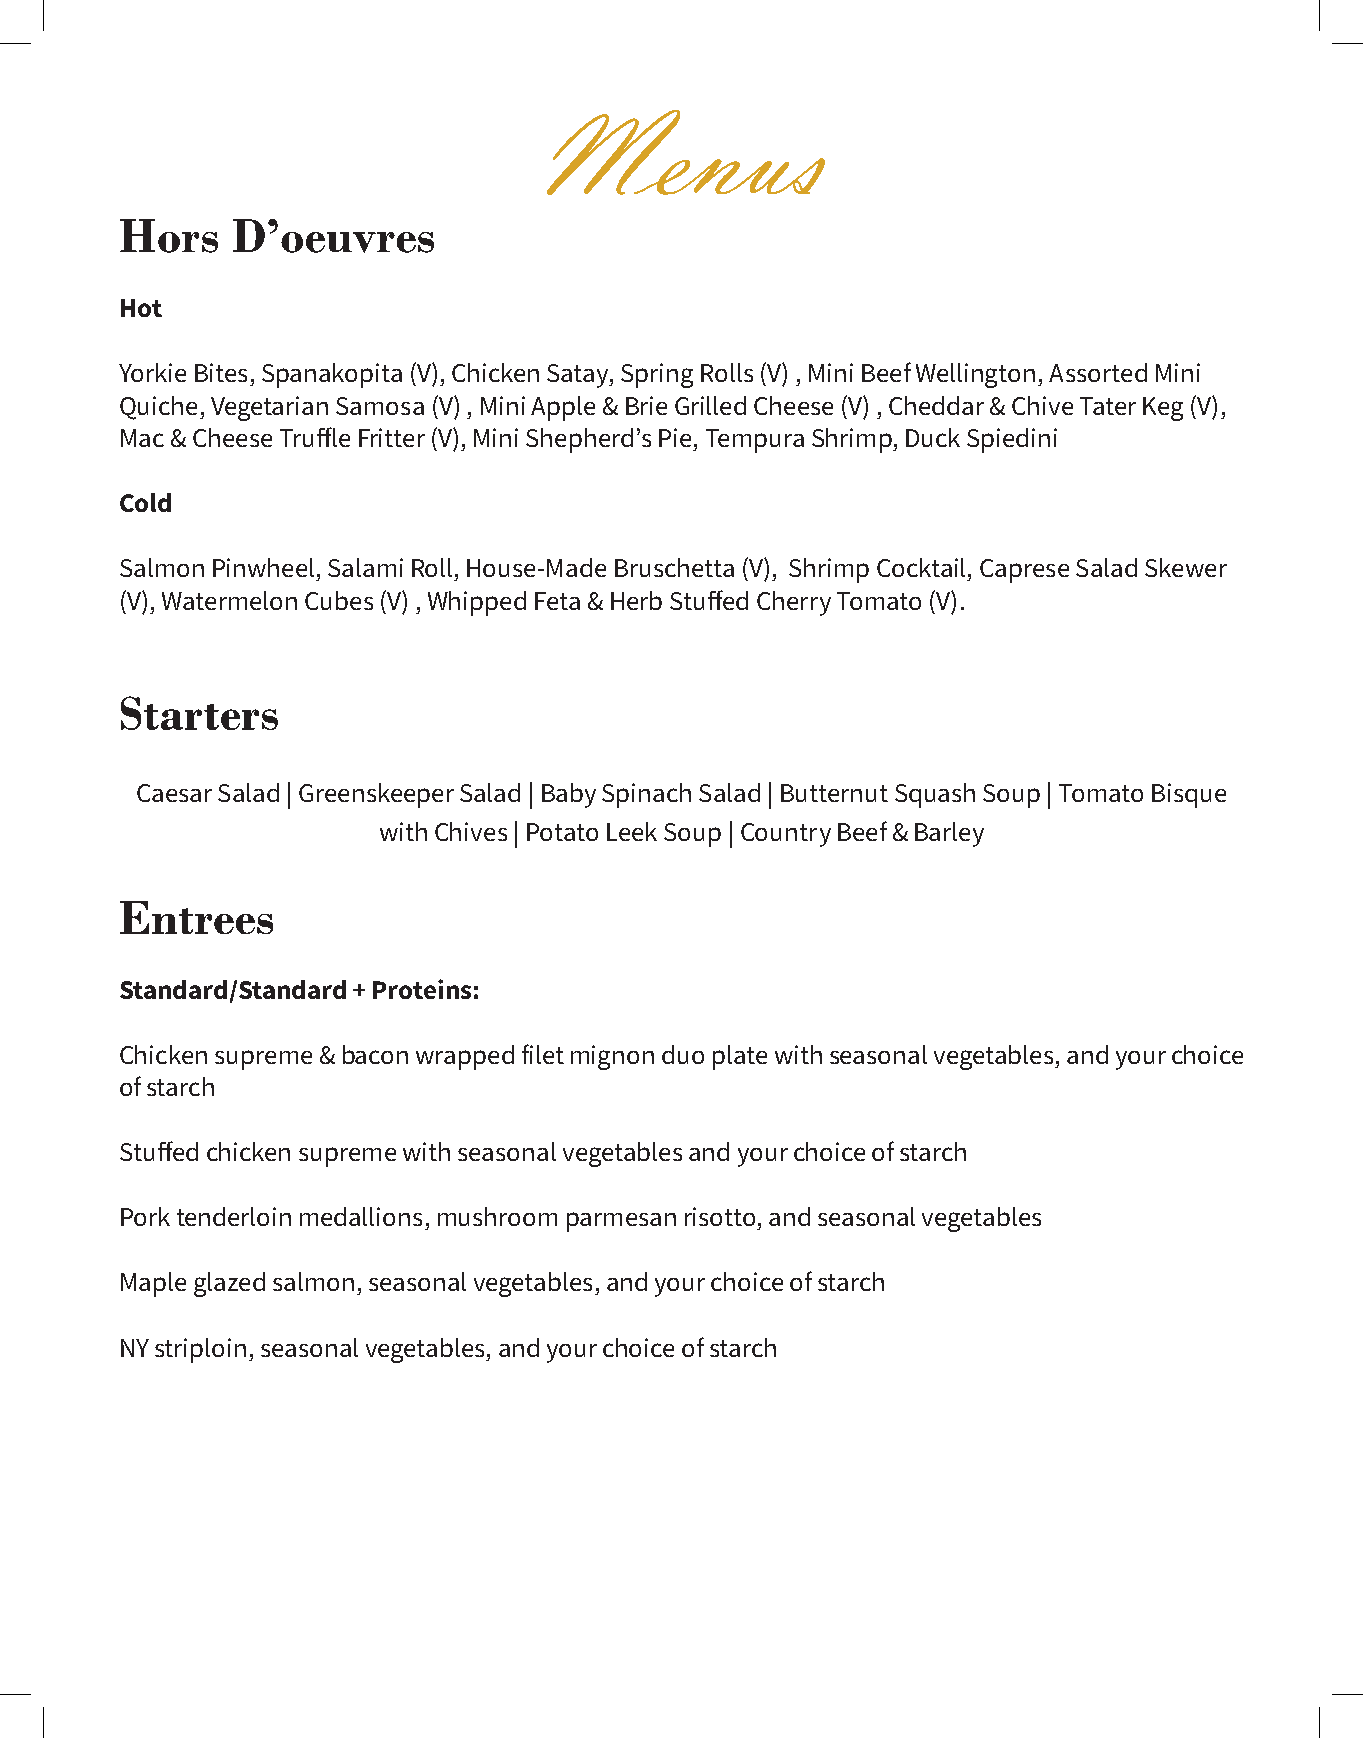
Menus
 Hors   D’oeuvres
 Hot
 Yorkie Bites, Spanakopita (V), Chicken Satay, Spring Rolls (V) , Mini Beef Wellington, Assorted Mini
 Quiche, Vegetarian Samosa (V) , Mini Apple & Brie Grilled Cheese (V) , Cheddar & Chive Tater Keg (V),
 Mac & Cheese Truffle Fritter (V), Mini Shepherd’s Pie, Tempura Shrimp, Duck Spiedini
 Cold
 Salmon Pinwheel, Salami Roll, House-Made Bruschetta (V), Shrimp Cocktail, Caprese Salad Skewer
 (V), Watermelon Cubes (V) , Whipped Feta & Herb Stuffed Cherry Tomato (V).
 Starters
 Caesar Salad | Greenskeeper Salad | Baby Spinach Salad | Butternut Squash Soup | Tomato Bisque
 with Chives | Potato Leek Soup | Country Beef & Barley
 Entrees
 Standard/Standard + Proteins:
 Chicken supreme & bacon wrapped filet mignon duo plate with seasonal vegetables, and your choice
 of starch
 Stuffed chicken supreme with seasonal vegetables and your choice of starch
 Pork tenderloin medallions, mushroom parmesan risotto, and seasonal vegetables
 Maple glazed salmon, seasonal vegetables, and your choice of starch
 NY striploin, seasonal vegetables, and your choice of starch